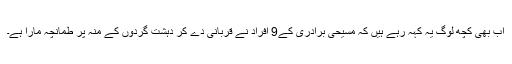
اب بھی کچھ لوگ یہ کہہ رہے ہیں کہ مسیحی برادری کے9 افراد نے قربانی دے کر دہشت گردوں کے منہ پر طمانچہ مارا ہے۔